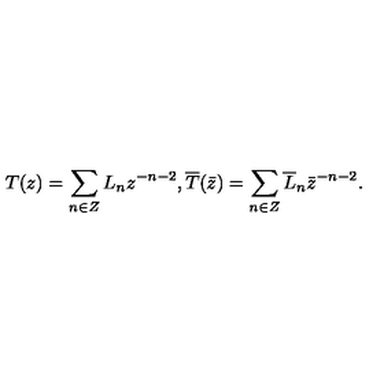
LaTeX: T ( z ) = \sum _ { n \in Z } L _ { n } z ^ { - n - 2 } , \overline { { T } } ( \bar { z } ) = \sum _ { n \in Z } \overline { { L } } _ { n } \bar { z } ^ { - n - 2 } .